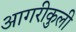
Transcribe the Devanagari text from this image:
आगरीकुली